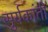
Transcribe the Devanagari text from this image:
सुर्यकांती